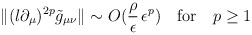
\begin{align*}\|(l \partial_\mu)^{2 p} \tilde{g}_{\mu\nu} \| \sim O( \frac{\rho}{\epsilon}\, \epsilon^p ) \quad \mbox{for} \quad p \ge 1\end{align*}